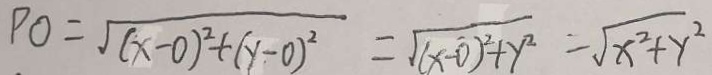
P O = \sqrt { ( x - 0 ) ^ { 2 } + ( y - 0 ) ^ { 2 } } = \sqrt { ( x - 0 ) ^ { 2 } + y ^ { 2 } } = \sqrt { x ^ { 2 } + y ^ { 2 } }